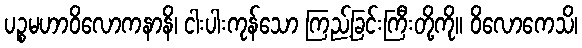
ပဉ္စမဟာဝိလောကနာနိ၊ ငါးပါးကုန်သော ကြည့်ခြင်းကြီးတို့ကို။ ဝိလောကေသိ၊